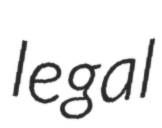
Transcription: legal